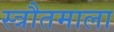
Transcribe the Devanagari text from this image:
स्त्रौतमाला